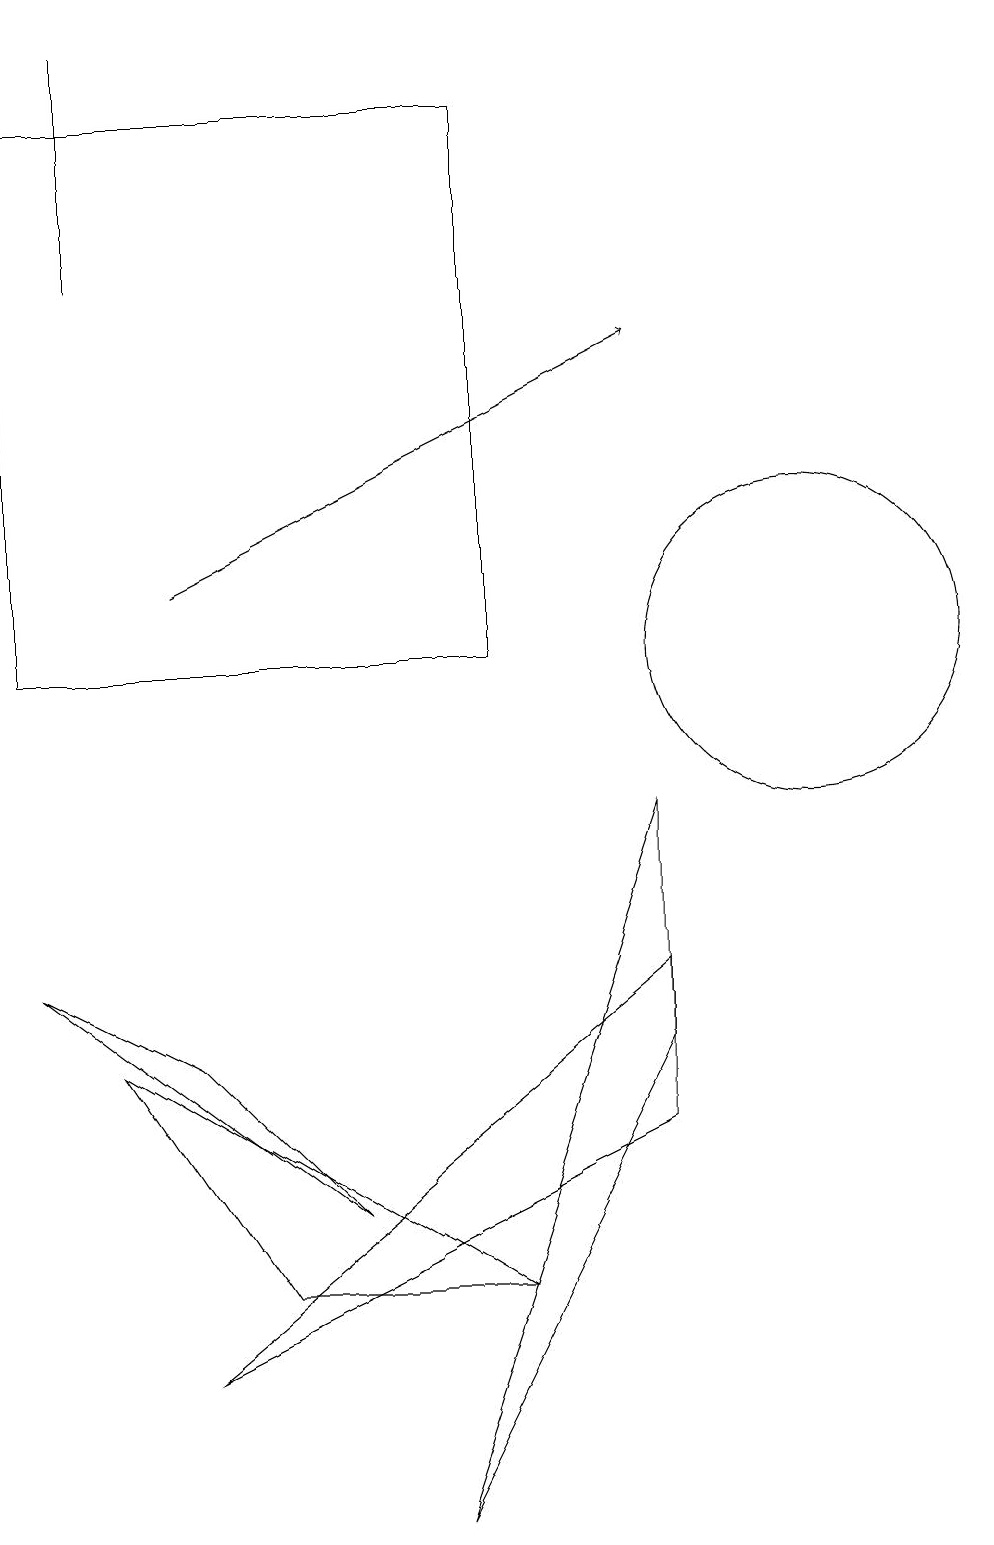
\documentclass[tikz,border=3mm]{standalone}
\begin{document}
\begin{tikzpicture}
\draw (7,18) rectangle (1,11);
\draw (9,9) -- (6,0) -- (9,6) -- cycle;
\draw (7,3) -- (4,3) -- (2,6) -- cycle;
\draw (3,6) -- (5,4) -- (1,7) -- cycle;
\draw (11,11) circle (2);
\draw[->] (3,12) -- (9,15);
\draw (9,7) -- (3,2) -- (9,5) -- cycle;
\draw (2,16) rectangle (2,19);
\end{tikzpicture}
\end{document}